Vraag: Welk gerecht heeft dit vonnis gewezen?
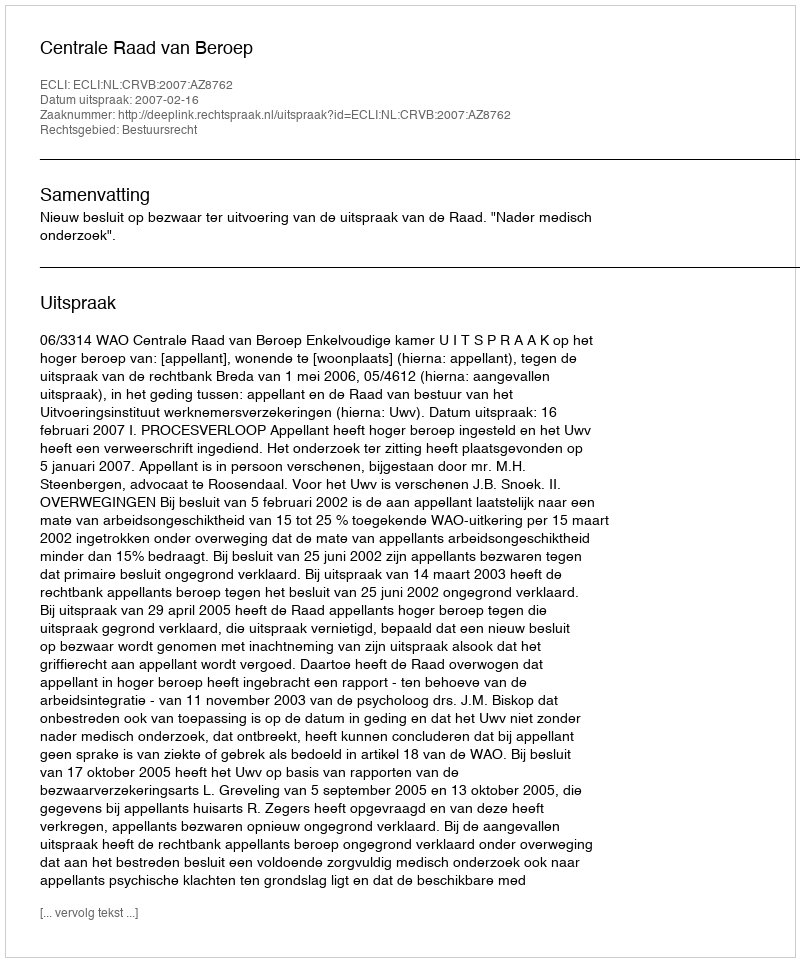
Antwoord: Centrale Raad van Beroep